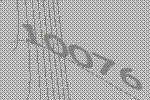
10076